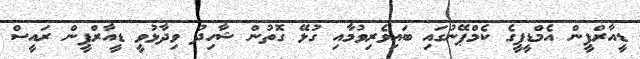
ޑީއާރްޕީން އެމްޑީޕީގެ ކެމްޕޭނުގައި ބައިވެރިވުމާއި ގުޅޭ ގޮތުން ޝާހިދު ވިދާޅުވީ ޑީއާރްޕީން ރައީސް